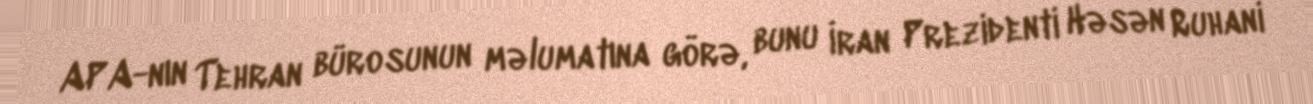
APA-nın Tehran bürosunun məlumatına görə, bunu İran Prezidenti Həsən Ruhani